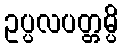
ဥပ္ပလပတ္တမ္ပိ